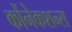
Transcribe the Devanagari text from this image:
कोंनेकशन्स